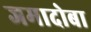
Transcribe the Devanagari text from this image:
जमादोबा